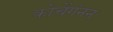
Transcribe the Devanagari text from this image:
कोचेंगंनन